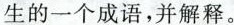
生的一个成语，并解释